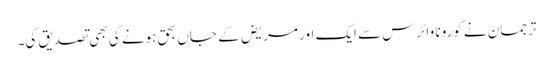
ترجمان نے کورونا وائرس سے ایک اور مریض کے جاں بحق ہونے کی بھی تصدیق کی۔